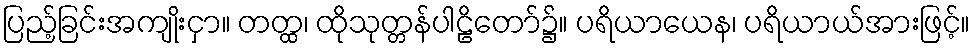
ပြည့်ခြင်းအကျိုးငှာ။ တတ္ထ၊ ထိုသုတ္တန်ပါဠိတော်၌။ ပရိယာယေန၊ ပရိယာယ်အားဖြင့်။